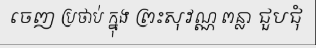
ចេញ ប្រថាប់ ក្នុង ព្រះសុវណ្ណ ពន្លា ជួបជុំ